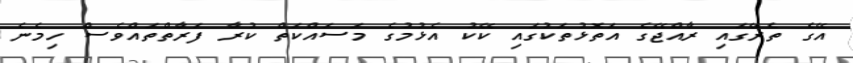
އޭގެ ތެރޭގައި ރާއްޖޭގެ އަތޮޅުތަކުގައި ކޭކު އެޅުމުގެ މަސައްކަތް ކުރާ ފަރާތްތައްވެސް ހިމެނެ